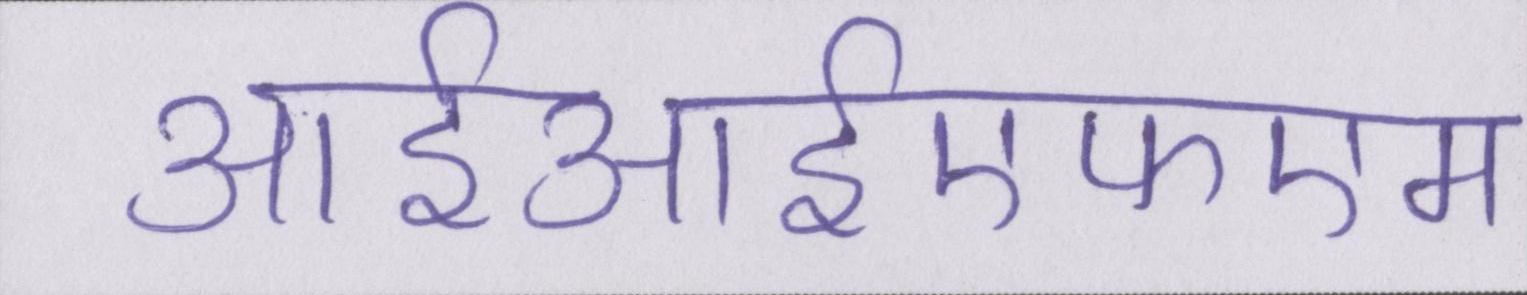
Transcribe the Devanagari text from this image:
आईआईएफएम